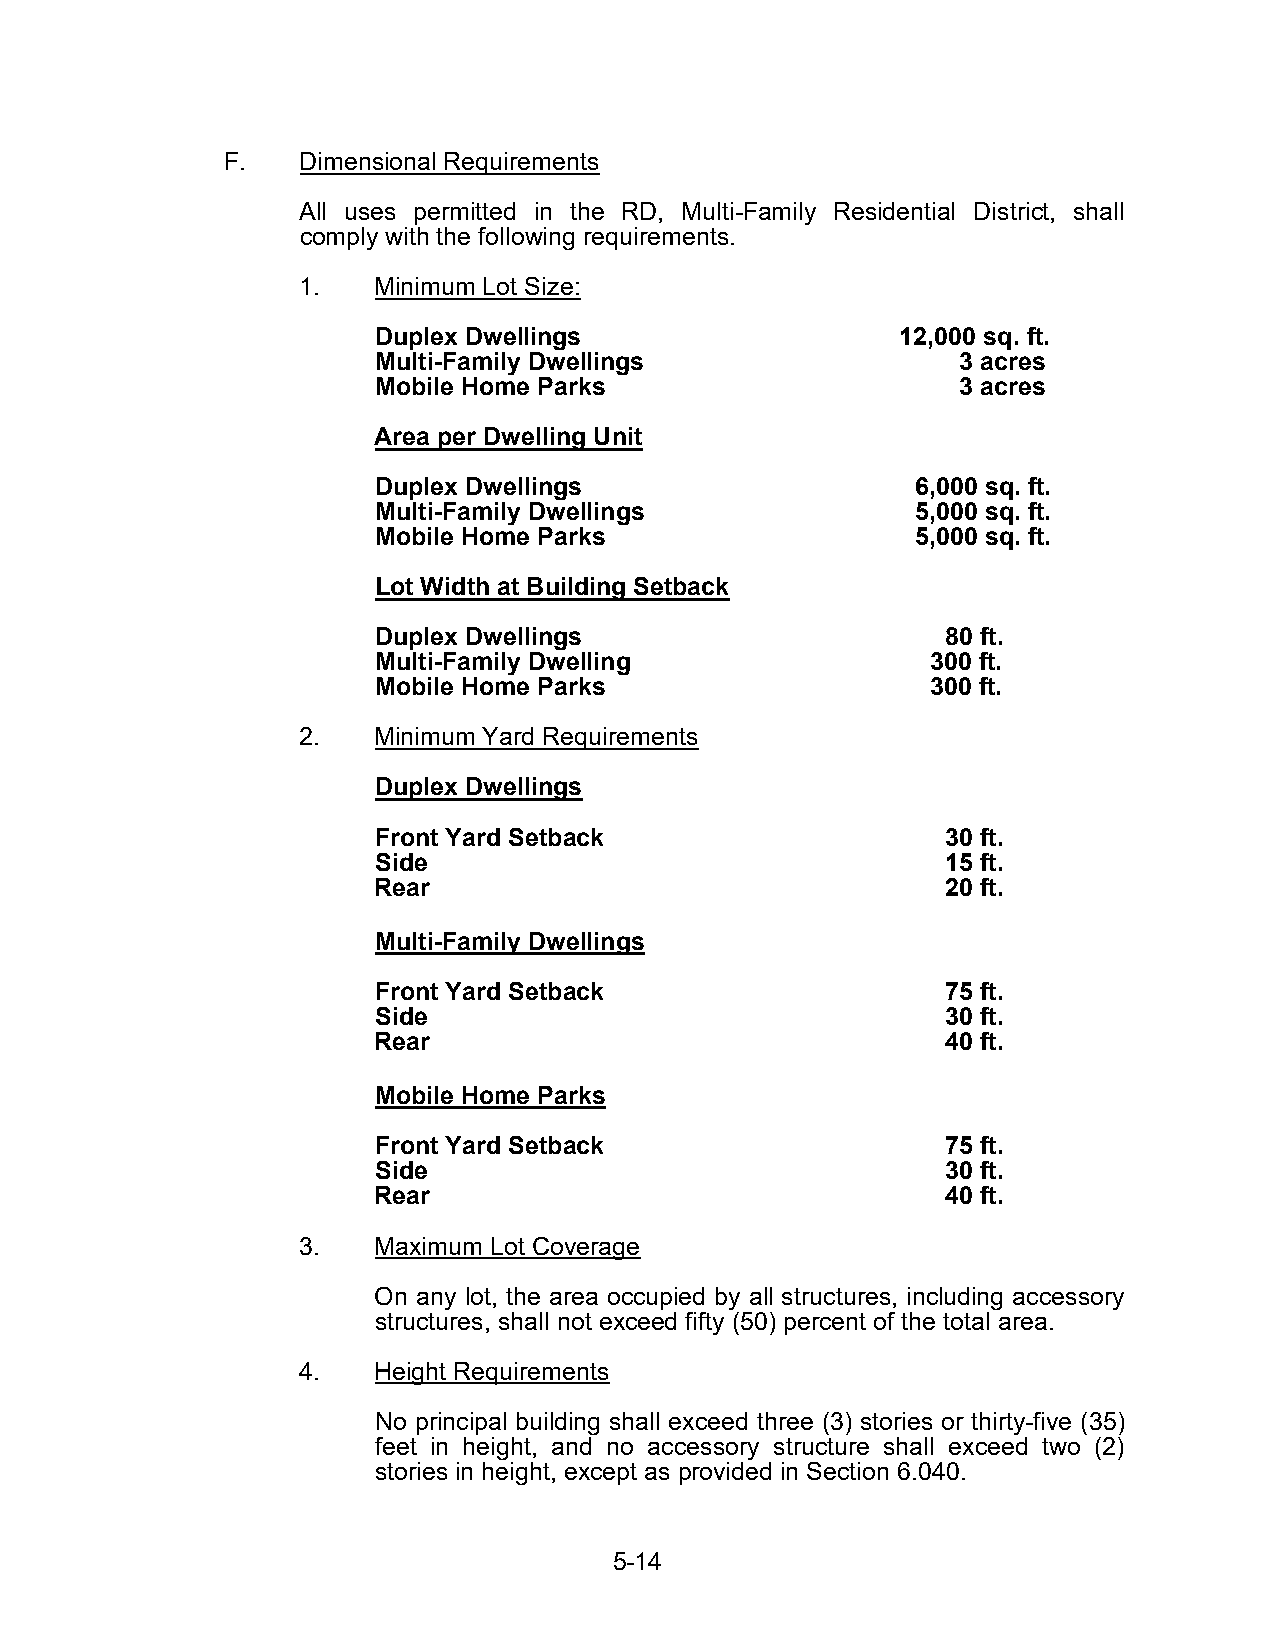
F.   Dimensional Requirements
 All uses permitted in the RD, Multi-Family Residential District, shall
 comply with the following requirements.
 1.   Minimum Lot Size:
 Duplex Dwellings                   12,000 sq. ft.
 Multi-Family Dwellings                 3 acres
 Mobile Home Parks                      3 acres
 Area per Dwelling Unit
 Duplex Dwellings                    6,000 sq. ft.
 Multi-Family Dwellings              5,000 sq. ft.
 Mobile Home Parks                   5,000 sq. ft.
 Lot Width at Building Setback
 Duplex Dwellings                      80 ft.
 Multi-Family Dwelling                300 ft.
 Mobile Home Parks                    300 ft.
 2.   Minimum Yard Requirements
 Duplex Dwellings
 Front Yard Setback                    30 ft.
 Side                                  15 ft.
 Rear                                  20 ft.
 Multi-Family Dwellings
 Front Yard Setback                    75 ft.
 Side                                  30 ft.
 Rear                                  40 ft.
 Mobile Home Parks
 Front Yard Setback                    75 ft.
 Side                                  30 ft.
 Rear                                  40 ft.
 3.   Maximum Lot Coverage
 On any lot, the area occupied by all structures, including accessory
 structures, shall not exceed fifty (50) percent of the total area.
 4.   Height Requirements
 No principal building shall exceed three (3) stories or thirty-five (35)
 feet in height, and no accessory structure shall exceed two (2)
 stories in height, except as provided in Section 6.040.
 5-14